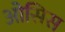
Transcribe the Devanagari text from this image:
ओसिस